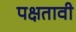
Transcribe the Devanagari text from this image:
पक्षतावी